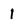
Character: 1